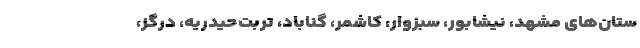
ستان‌های مشهد، نیشابور، سبزوار، کاشمر، گناباد، تربت‌حیدریه، درگز،